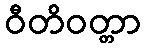
ဝီတိဝတ္တာ